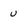
Character: u